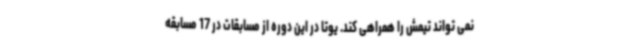
نمی تواند تیمش را همراهی کند. یوتا در این دوره از مسابقات در 17 مسابقه